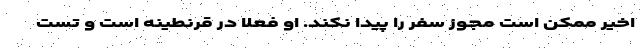
اخیر ممکن است مجوز سفر را پیدا نکند. او فعلا در قرنطینه است و تست